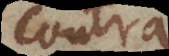
contra,